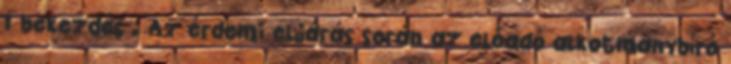
1 bekezdés . Az érdemi eljárás során az előadó alkotmánybíró